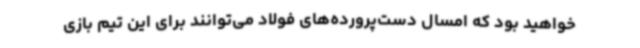
خواهید بود که امسال دست‌پرورده‌های فولاد می‌توانند برای این تیم بازی